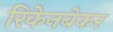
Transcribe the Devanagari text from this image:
रिकेनबेकर